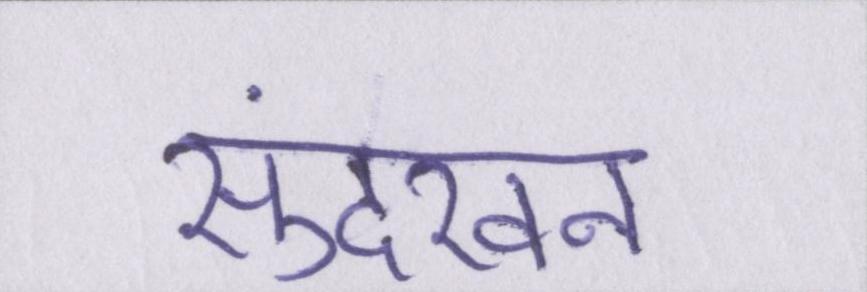
सुंदरवन